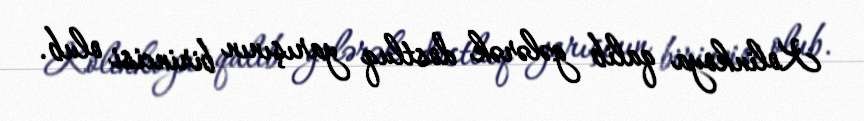
Kolinkoya qalib gələrək dostluq yarışının birincisi olub.